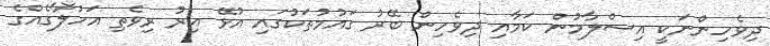
ދިވެހިންނަކީ އިސްލާމުން ކަމާއި ދިވެހިން ބޭރު ގައުމުތަކުގައި އުޅޭ އިރު ރިވެތި އަހުލާގެއްގެ